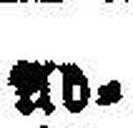
###d¬